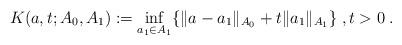
LaTeX: \begin{align*} K(a,t;A_0,A_1) := \inf_{a_1\in A_1} \{ \|a - a_1\|_{A_0} + t \| a_1 \|_{A_1}\}\;, t > 0 \;.\end{align*}